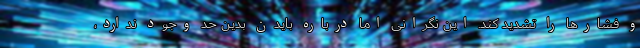
و فشارها را تشدید کند. این نگرانی اما درباره بایدن بدین حد وجود ندارد،